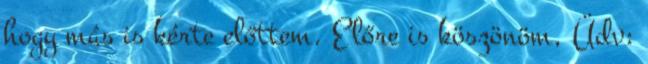
hogy más is kérte előttem. Előre is köszönöm, Üdv: